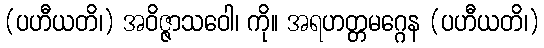
(ပဟီယတိ၊) အဝိဇ္ဇာသဝေါ၊ ကို။ အရဟတ္တမဂ္ဂေန (ပဟီယတိ၊)